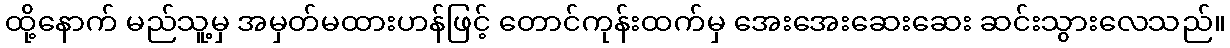
ထို့နောက် မည်သူ့မှ အမှတ်မထားဟန်ဖြင့် တောင်ကုန်းထက်မှ အေးအေးဆေးဆေး ဆင်းသွားလေသည်။